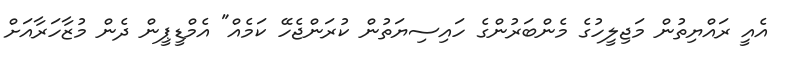
އެއީ ރައްޔިތުން މަޖިލީހުގެ މެންބަރުންގެ ހައިސިޔަތުން ކުރަންޖެހޭ ކަމެއް" އެމްޑީޕީން ދެން މުޒާހަރާއަށް